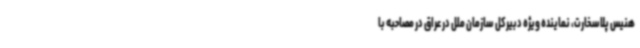
هنیس پلاسخارت، نماینده ویژه دبیرکل سازمان ملل در عراق در مصاحبه با